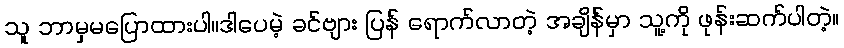
သူ ဘာမှမပြောထားပါ။ဒါပေမဲ့ ခင်ဗျား ပြန် ရောက်လာတဲ့ အချိန်မှာ သူ့ကို ဖုန်းဆက်ပါတဲ့။